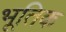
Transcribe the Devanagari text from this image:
भूतिक